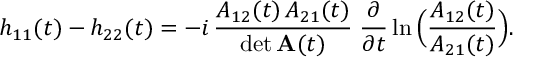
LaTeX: h _ { 1 1 } ( t ) - h _ { 2 2 } ( t ) = - i \, \frac { A _ { 1 2 } ( t ) \, A _ { 2 1 } ( t ) } { \operatorname * { d e t } { \bf A } ( t ) } \; \frac { \partial } { \partial t } \ln \Big ( \frac { A _ { 1 2 } ( t ) } { A _ { 2 1 } ( t ) } \Big ) .